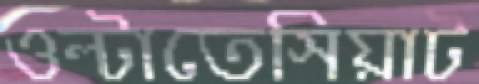
ওল্‌টাতেসিয়াট